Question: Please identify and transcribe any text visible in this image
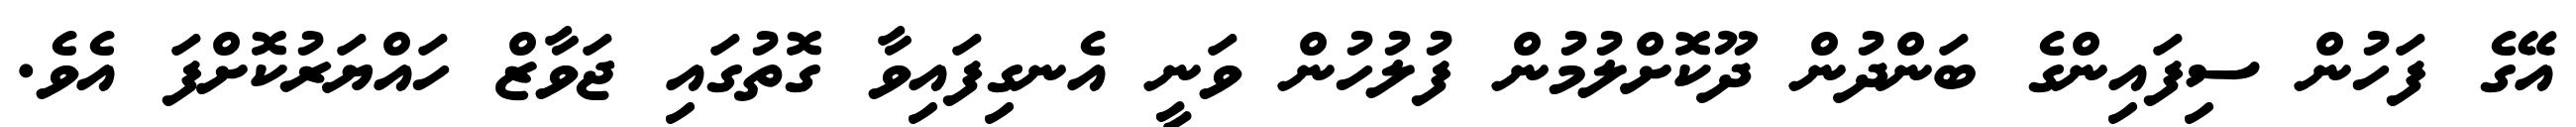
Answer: އޭގެ ފަހުން ސިފައިންގެ ބަންދުން ދޫކޮށްލުމުން ފުލުހުން ވަނީ އެނގިފައިވާ ގޮތުގައި ޖަވާޒް ހައްޔަރުކޮށްފަ އެވެ.